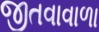
જીતવાવાળા